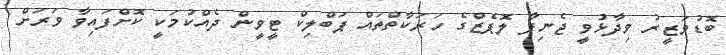
ބޮޑުުވަޒީރު ވިދާޅުވީ ޖެނިފާ ލޮޕެޒްގެ ހަރަކާތްތައް ޕަބްލިކް ޓީވީން ދެއްކުމަކީ ކޮށްފައިވާ ވަރަށް